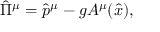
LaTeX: \hat { \Pi } ^ { \mu } = \hat { p } ^ { \mu } - g A ^ { \mu } ( \hat { x } ) ,